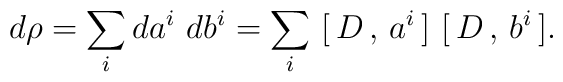
d \rho = \sum_i da^i \,\, db^i =\sum _i \,\,[\,D\,,\,a^i\,]\,\,[\,D\,,\,b^i\,].